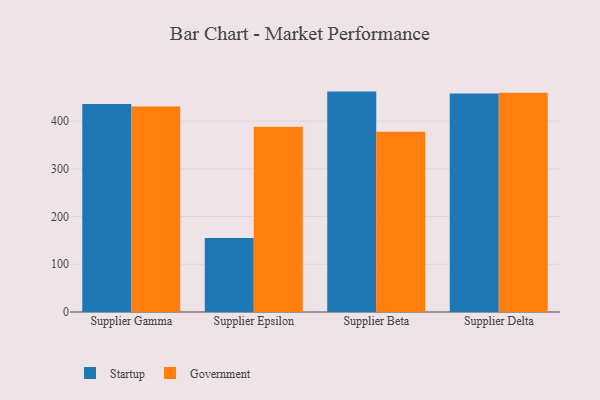
{"axis": {"x": "Supplier", "y": "Net Income (USD K)"}, "legend": ["Government", "Startup"], "data": [{"x": "Supplier Gamma", "y": 435.5, "type": "Startup"}, {"x": "Supplier Gamma", "y": 430.6, "type": "Government"}, {"x": "Supplier Epsilon", "y": 155.0, "type": "Startup"}, {"x": "Supplier Epsilon", "y": 387.9, "type": "Government"}, {"x": "Supplier Beta", "y": 461.7, "type": "Startup"}, {"x": "Supplier Beta", "y": 377.7, "type": "Government"}, {"x": "Supplier Delta", "y": 457.5, "type": "Startup"}, {"x": "Supplier Delta", "y": 459.5, "type": "Government"}]}